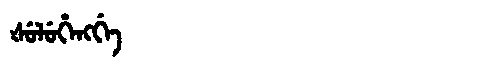
Manchu: ᡧᡠᠯᡠᡥᡝᠩᡤᡝ
Romanization: ŠULUHENGGE